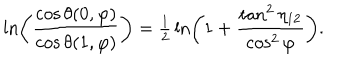
\ln \left( \frac { \cos \theta ( 0 , \varphi ) } { \cos \theta ( 1 , \varphi ) } \right) = { \textstyle { \frac { 1 } { 2 } } } \ln \left( 1 + \frac { \tan ^ { 2 } \eta _ { 1 2 } } { \cos ^ { 2 } \varphi } \right) .